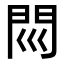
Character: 𨳖